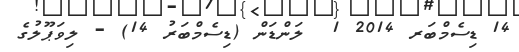
14 ޑިސެމްބަރ 2014 1  ލަންޑަން (ޑިސެމްބަރު 14) - ލިވަޕޫލުގެ